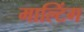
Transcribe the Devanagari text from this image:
माल्टिंग